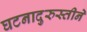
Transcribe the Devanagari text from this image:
घटनादुरुस्तीने